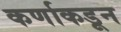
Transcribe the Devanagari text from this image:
कर्णाकडून